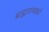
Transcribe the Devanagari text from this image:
ब्रह्मतत्वको